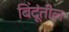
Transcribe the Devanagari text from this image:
बिंदूंतील